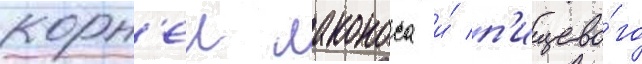
корн'еи лаконоса и́ п'ищево́го